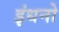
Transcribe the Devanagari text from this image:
इंधनो